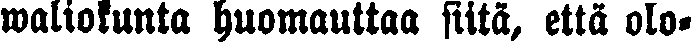
waliokunta huomauttaa siitä, että olo-